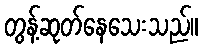
တွန့်ဆုတ်နေသေးသည်။